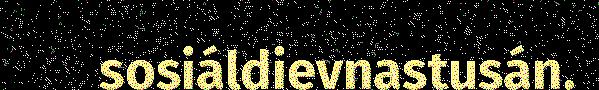
sosiáldievnastusán.